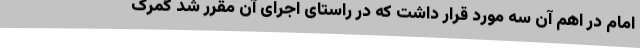
امام در اهم آن سه مورد قرار داشت که در راستای اجرای آن مقرر شد گمرک